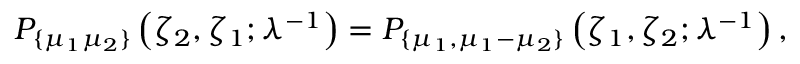
P _ { \{ \mu _ { 1 } \mu _ { 2 } \} } \left( \zeta _ { 2 } , \zeta _ { 1 } ; \lambda ^ { - 1 } \right) = P _ { \{ \mu _ { 1 } , \mu _ { 1 } - \mu _ { 2 } \} } \left( \zeta _ { 1 } , \zeta _ { 2 } ; \lambda ^ { - 1 } \right) ,